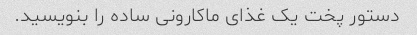
دستور پخت یک غذای ماکارونی ساده را بنویسید.